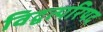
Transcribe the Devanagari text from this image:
विद्वत्परिषद